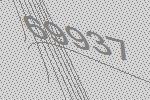
69937